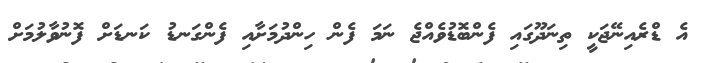
އެ ޑްރެއިނޭޖަކީ ތިނަދޫގައި ފެންބޮޑުވެއްޖެ ނަމަ ފެން ހިންދުމަށާއި ފެންގަނޑު ކަނޑަށް ފޮނުވާލުމަށް